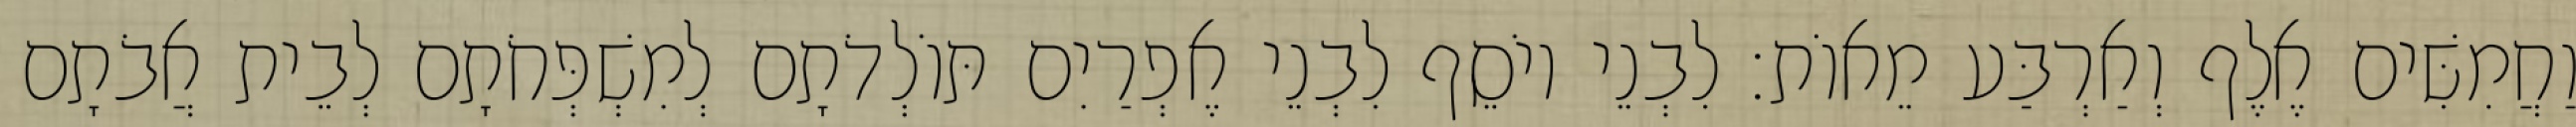
וַחֲמִשִּׁים אֶלֶף וְאַרְבַּע מֵאוֹת׃ לִבְנֵי יוֹסֵף לִבְנֵי אֶפְרַיִם תּוֹלְדֹתָם לְמִשְׁפְּחֹתָם לְבֵית אֲבֹתָם